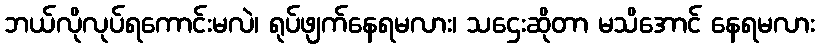
ဘယ်လိုလုပ်ရကောင်းမလဲ၊ ရုပ်ဖျက်နေရမလား၊ သဌေးဆိုတာ မသိအောင် နေရမလား